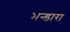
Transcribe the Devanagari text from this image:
भन्डारा